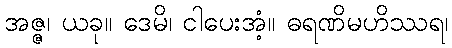
အဇ္ဇ၊ ယခု။ ဒေမိ၊ ငါပေးအံ့။ ဓရဏိမဟိဿရ၊